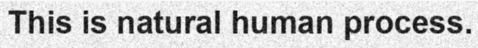
This is natural human process.